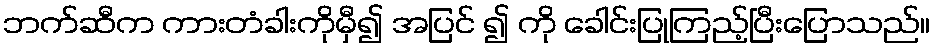
ဘက်ဆီက ကားတံခါးကိုမှီ၍ အပြင် ၍ ကို ခေါင်းပြုကြည့်ပြီးပြောသည်။